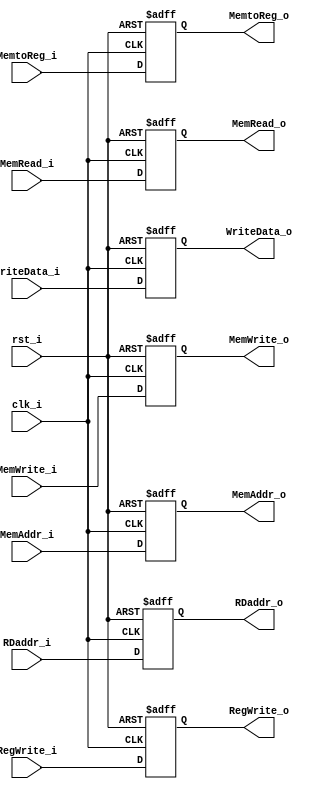
module EXMEM
(
    rst_i,
    clk_i,
    RegWrite_i,
    MemtoReg_i,
    MemRead_i,
    MemWrite_i,
    MemAddr_i,
    WriteData_i,
    RDaddr_i,
    RegWrite_o,
    MemtoReg_o,
    MemRead_o,
    MemWrite_o,
    MemAddr_o,
    WriteData_o,
    RDaddr_o
);

    input    rst_i;
    input    clk_i;
    input    RegWrite_i;
    input    MemtoReg_i;
    input    MemRead_i;
    input    MemWrite_i;
    input [31:0]  MemAddr_i;
    input [31:0]  WriteData_i;
    input [4:0]   RDaddr_i;
    output reg    RegWrite_o;
    output reg    MemtoReg_o;
    output reg    MemRead_o;
    output reg    MemWrite_o;
    output reg [31:0]  MemAddr_o;
    output reg [31:0]  WriteData_o;
    output reg [4:0]   RDaddr_o;

    initial begin
        RegWrite_o = 1'b0;
        MemtoReg_o = 1'b0;
        MemRead_o = 1'b0;
        MemWrite_o = 1'b0;
        MemAddr_o = 32'b0;
        WriteData_o = 32'b0;
        RDaddr_o = 5'b0;
    end

    always@(posedge clk_i or negedge rst_i) begin
        if (~rst_i) begin
            RegWrite_o <= 1'b0;
            MemtoReg_o <= 1'b0;
            MemRead_o <= 1'b0;
            MemWrite_o <= 1'b0;
            MemAddr_o <= 32'b0;
            WriteData_o <= 32'b0;
            RDaddr_o <= 5'b0;
        end else begin
            RegWrite_o <= RegWrite_i;
            MemtoReg_o <= MemtoReg_i;
            MemRead_o <= MemRead_i;
            MemWrite_o <= MemWrite_i;
            MemAddr_o <= MemAddr_i;
            WriteData_o <= WriteData_i;
            RDaddr_o <= RDaddr_i;
        end
    end

endmodule